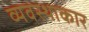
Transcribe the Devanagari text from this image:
व्यवस्थाकार